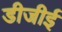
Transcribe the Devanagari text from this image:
डीजीई